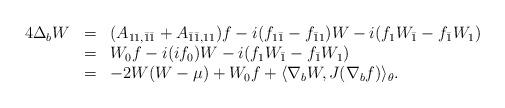
LaTeX: \begin{align*}\begin{array}{ccl}4\Delta _{b}W & = & (A_{11,\bar{1}\bar{1}}+A_{\bar{1}\bar{1},11})f-i(f_{1\bar{1}}-f_{\bar{1}1})W-i(f_{1}W_{\bar{1}}-f_{\bar{1}}W_{1}) \\ & = & W_{0}f-i(if_{0})W-i(f_{1}W_{\bar{1}}-f_{\bar{1}}W_{1}) \\ & = & -2W(W-\mu )+W_{0}f+\langle \nabla _{b}W,J(\nabla _{b}f)\rangle_{\theta }.\end{array}\end{align*}